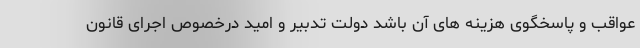
عواقب و پاسخگوی هزینه های آن باشد دولت تدبیر و امید درخصوص اجرای قانون